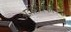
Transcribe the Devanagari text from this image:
अशांतिकारक